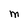
Character: M